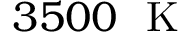
3 5 0 0 ~ \mathrm { ~ K ~ }